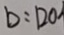
b : 1 2 0